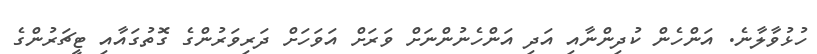
ހުޅުވާލާނެ. އަންހެން ކުދިންނާއި އަދި އަންހެނުންނަށް ވަރަށް އަވަހަށް ދަރިވަރުންގެ ގޮތުގައާއި ޓީޗަރުންގެ